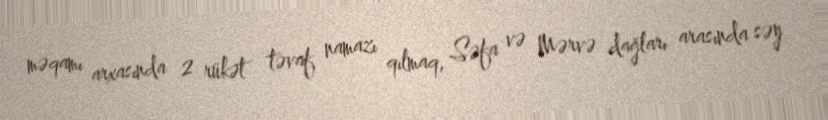
məqamı arxasında 2 rükət təvaf namazı qılmaq, Səfa və Mərvə dağları arasında səy